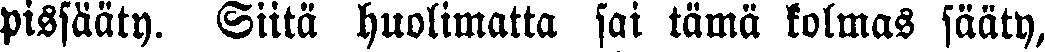
pissääty. Siitä huolimatta sai tämä kolmas sääty,